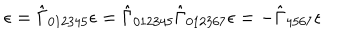
LaTeX: \epsilon = \hat { \Gamma } _ { 0 1 2 3 4 5 } \epsilon = \hat { \Gamma } _ { 0 1 2 3 4 5 } \hat { \Gamma } _ { 0 1 2 3 6 7 } \epsilon = - \hat { \Gamma } _ { 4 5 6 7 } \epsilon